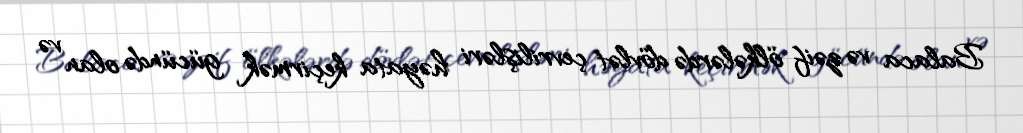
Balaca və zəif ölkələrdə dövlət çevrilişləri həyata keçirmək gücündə olan və